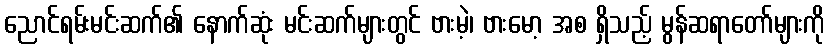
ညောင်ရမ်းမင်းဆက်၏ နောက်ဆုံး မင်းဆက်များတွင် ဗားမဲ့၊ ဗားမော့ အစ ရှိသည့် မွန်ဆရာတော်များကို